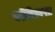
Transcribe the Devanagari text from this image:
वरीबिल्वपत्र